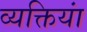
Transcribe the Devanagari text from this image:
व्यक्तियां